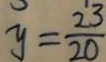
y = \frac { 2 3 } { 2 0 }